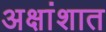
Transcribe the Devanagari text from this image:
अक्षांशात